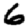
Digit: 6